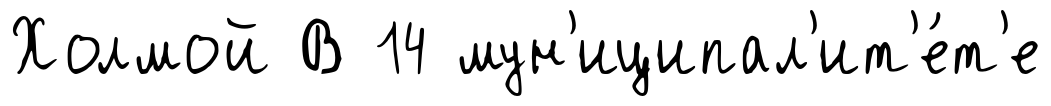
Холмой В 14 мун'иципал'ит'е́т'е